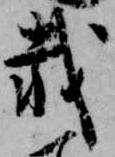
載